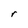
Character: r